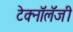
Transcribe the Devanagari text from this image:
टेक्नॉलॅजी